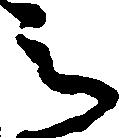
之